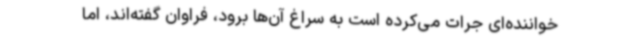
خواننده‌ای جرات می‌کرده است به سراغ آن‌ها برود، فراوان گفته‌اند، اما